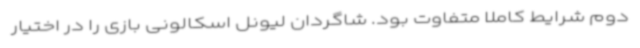
دوم شرایط کاملا متفاوت بود. شاگردان لیونل اسکالونی بازی را در اختیار